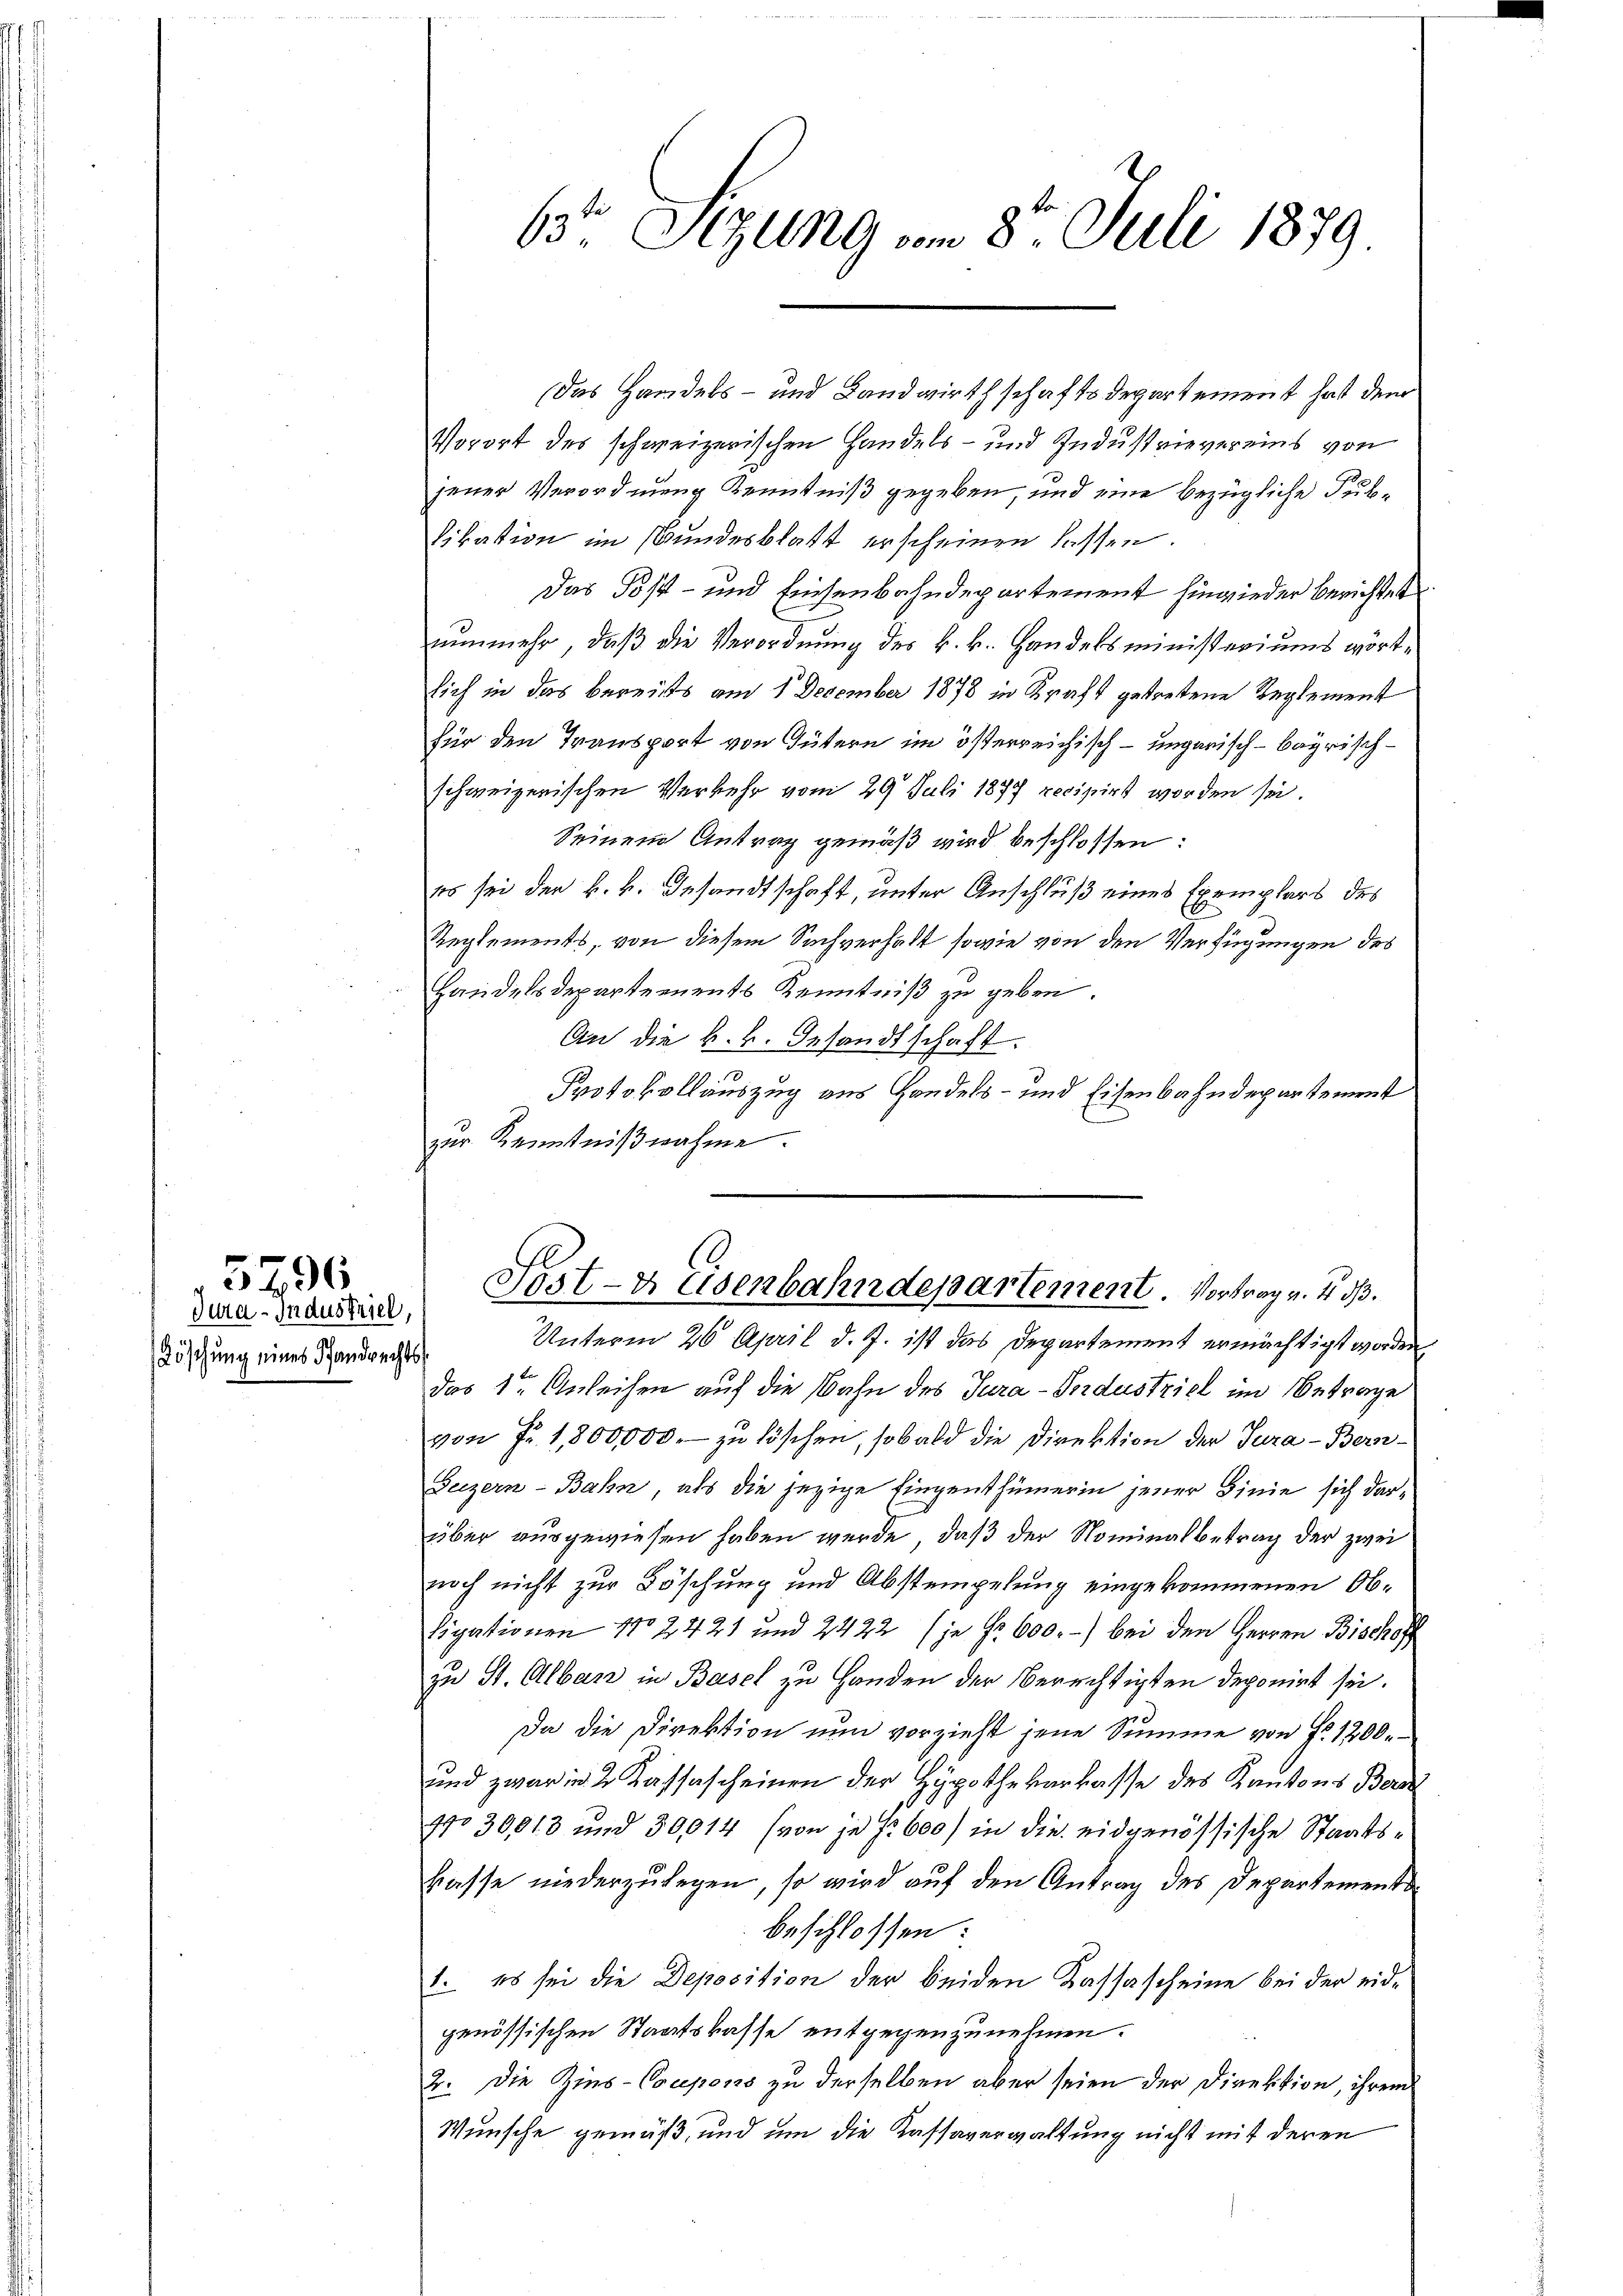
dura-Industriel,
Löschung eines Pfandrechts

5296

6t Sizung vom 8ten Juli 1879

Vorort des schweizerischen Handels- und Industrievereins von
jener Verordnung Kenntniß gegeben, und eine bezügliche Pub¬
Vikation im Bundesblatt erscheinen lassen.
Das Post- und Einsenbahndepartement hinwieder berichtet
nunmehr, daß die Verordnung des k.k. Handelsministeriums wörtsich in das bereits am 1. December 1878 in Kraft getretene Reglement
für den Transport von Gütern im österreichisch-ungarisch-bayrischschweizerischen Verkehr vom 29. Juli 1877 recipirt worden sei.
Seinem Antrag gemäß wird beschlossen:
es sei der k.k. Gesandtschaft, unter Anschluß eines Exemplars des
Reglements, von diesem Sachverhalt sowie von den Verfügungen des
Handelsdepartements Kenntniß zu geben.
An die k.k. Gesandtschaft.
Protokollauszug aus Handels- und Eisenbahndepartement
zur Kenntniβnahme.

das Handels- und Landwirthschaftsdepartement hat dem

Post- & Eisenbahndepartement. Vortrag v. 4. d.

Unterm 26. April d. J. ist das Departement ermächtigt worden.
das 1ten Anleihen auf die Bahn des Jura-Industriel im Betrage
von Fr. 1,800,000 zu löschen, sobald die Direktion der Jura - Bern¬
Beizern-Bahn, als die jezige Eingenthümerin jener Linie sich darüber ausgewiesen haben werde, daß der Nominalbetrag der zwei
noch nicht zur Löschung und Abstempelung eingekommenen Ob¬
Eigationen No 2421 und 2422 (je Nr. 600.-) bei den Herren Bischoff
zu St. Alban in Basel zu Handen der Berechtigten deponirt sei.
Da die Direktion nun vorzieht jene Summe von Fr. 1200.
und zwar in 2 Kassascheinen der Hypothekarkasse des Kantons Bera
No 30,018 und 30014 (von je 2 600) in die eidgenössische Staatskasse niederzulegen, so wird auf den Antrag des Departemente
beschlossen:
1. es sei die Deposition der beiden Kassascheine bei der eidgenössischen Staatskasse entgegenzunehmen.
2. Die Zins-Coupons zu derselben aber seien der Direktion, ihrem
Wunsche gemäß, und um die Kassaverwaltung nicht mit deren